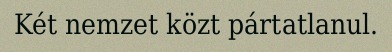
Két nemzet közt pártatlanul.